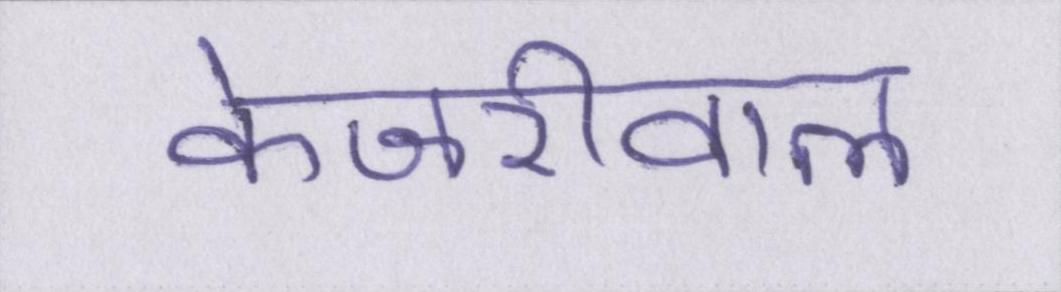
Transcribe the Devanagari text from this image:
केजरीवाल